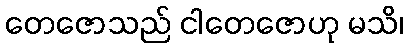
တေဇောသည် ငါတေဇောဟု မသိ၊